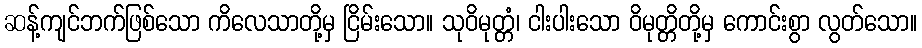
ဆန့်ကျင်ဘက်ဖြစ်သော ကိလေသာတို့မှ ငြိမ်းသော။ သုဝိမုတ္တံ၊ ငါးပါးသော ဝိမုတ္တိတို့မှ ကောင်းစွာ လွတ်သော။